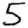
Digit: 5